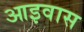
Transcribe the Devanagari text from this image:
आइवास